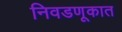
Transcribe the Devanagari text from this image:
निवडणूकात